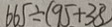
6 6 5 \div ( 9 5 + 3 8 )